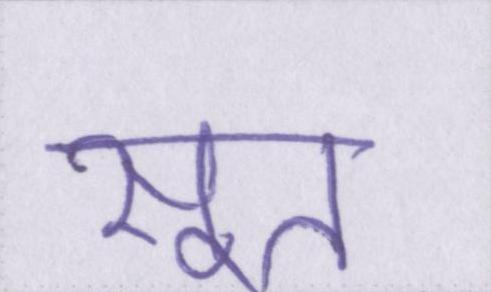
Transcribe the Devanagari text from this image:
सूत